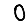
Digit: 0